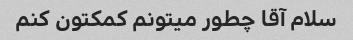
سلام آقا چطور میتونم کمکتون کنم